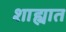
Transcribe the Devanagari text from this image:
शाह्यात